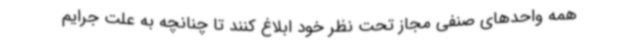
همه واحدهای صنفی مجاز تحت نظر خود ابلاغ کنند تا چنانچه به علت جرایم